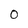
Character: O